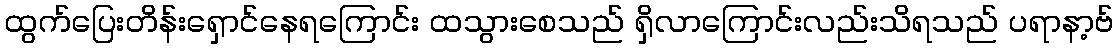
ထွက်ပြေးတိန်းရှောင်နေရကြောင်း ထသွားစေသည် ရှိလာကြောင်းလည်းသိရသည် ပရာနာ့ဗ်